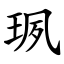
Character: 珟